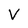
Character: V